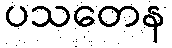
ပသတေန